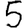
Digit: 5